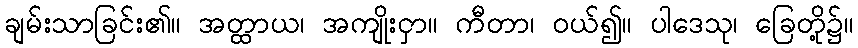
ချမ်းသာခြင်း၏။ အတ္ထာယ၊ အကျိုးငှာ။ ကီတာ၊ ဝယ်၍။ ပါဒေသု၊ ခြေတို့၌။